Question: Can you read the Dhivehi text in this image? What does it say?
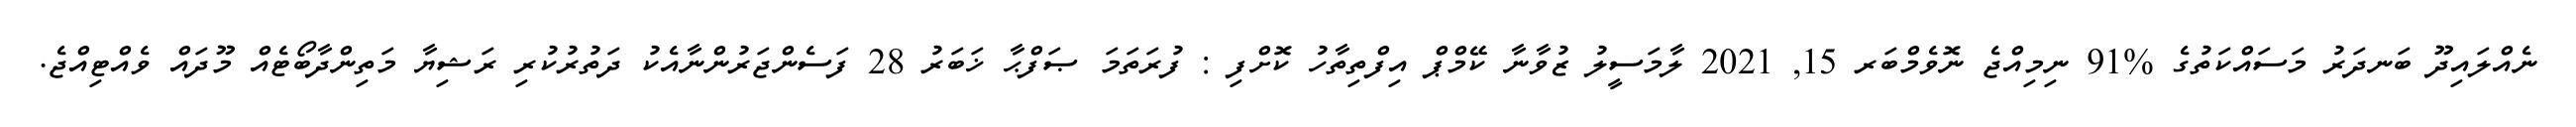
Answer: ނެއްލައިދޫ ބަނދަރު މަސައްކަތުގެ %91 ނިމިއްޖެ ނޮވެމްބަރ 15, 2021 ލާމަސީލު ޒުވާނާ ކޭމްޕް އިފްތިތާހު ކޮށްފި : ފުރަތަމަ ޞަފްޙާ ޚަބަރު 28 ފަސެންޖަރުންނާއެކު ދަތުރުކުރި ރަޝިޔާ މަތިންދާބޯޓެއް މޫދައް ވެއްޓިއްޖެ.